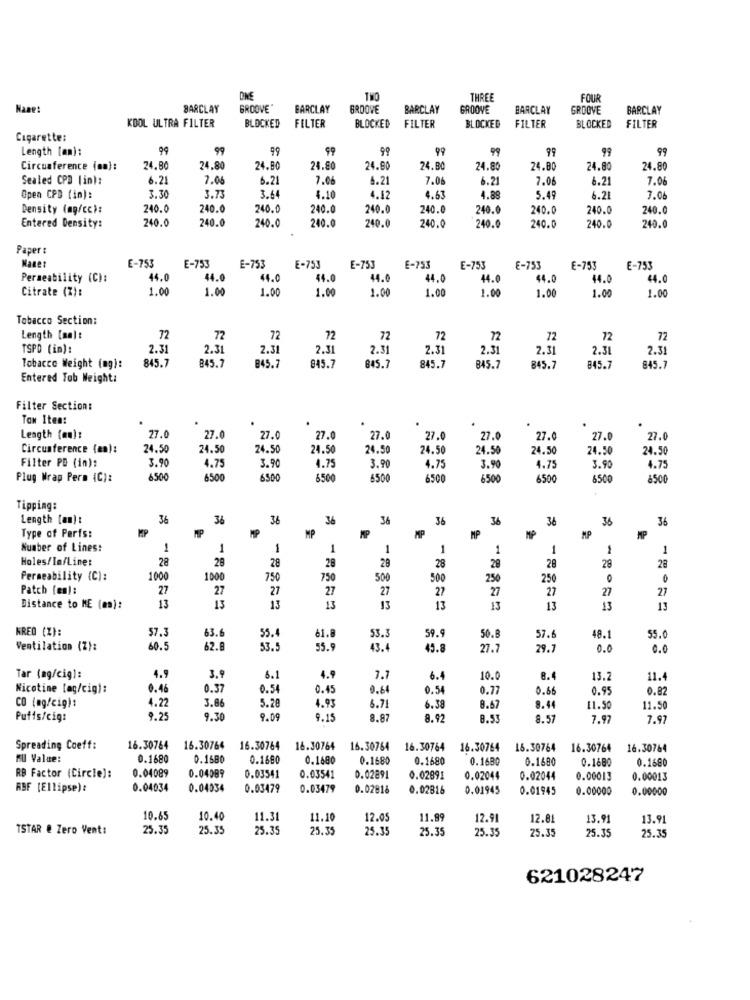
DNE
THREE
FOUR
Name:
BARCLAY
GROOVE
BARCLAY
BROOKE
BARCLAY
GROOVE
BARCLAY
GROOVE
BARCLAY
KOOL ULTRA FILTER
BLOCKED
FILTER
BLOCKED
FILTER
BLOCKED
FILTER
BLOCKED
FILTER
Cigarette:
Length [mm):
99
99
99
99
99
99
99
99
99
Circumference (on):
24.80
24.80
24.80
24.50
24.8
24.B
24.80
24.00
24.80
24.80
Sealed CPD (in):
6.2
7.00
6.21
7.0
6.21
7.06
6.21
7.06
6.21
7.06
Open CPD (in):
3.30
3.73
3.64
4.10
4.42
4.63
4.88
5.49
6.21
7.06
Density (mg/cc):
240.0
240.0
240.0
240.0
240.
240.0
240.0
240.0
240.0
240.0
240.0
240.0
240.0
240.0
240.0
240.0
Entered Density:
240.0
240.0
240.0
240.0
Paper:
E-751
Manet
E-753
E-753
E-753
E-753
E-753
E-753
€-753
E-753
E-753
Permeability (C):
44.0
44.0
44.0
44.0
44.0
44.0
44.0
44.0
44.0
44.0
Citrate (Z):
1.00
1.0
1.0
1.00
1.00
1.00
1.00
1.00
1.00
1.00
Tobacco Section:
Length [mm]:
72
72
72
72
72
72
72
72
72
72
TSPD (in):
2.31
2.31
2.31
2.31
2.31
2.3
2.31
2.31
2.3
2.31
845.7
Tobacco Weight (mg):
845.7
845.7
845.7
845.7
845.7
845.7
845.7
845.7
845.1
Entered Tab Weight:
Filter Section:
Tow Itea:
Length (mn) :
27.0
27.
27.0
27.
27.0
27.0
27.0
27.0
27.0
27.0
Circumference (en):
24.50
24.50
24.50
24.50
24.50
24.50
24.50
24.50
24.50
24.50
Filter PD (in):
3.90
4.75
3.90
4.75
3.90
4.75
3.9
4.75
3.90
4.75
Plug Wrap Perm (C):
6.500
6500
6500
5500
6500
6500
6500
6500
6500
8500
Tipping:
Length (an) :
36
36
36
36
36
36
36
36
36
36
MP
MP
Type of Perfs:
MP
MP
MP
MP
MP
MP
MP
Number of Lines:
1
1
1
1
1
1
1
1
1
1
Holes/In/Line:
28
28
28
28
29
28
28
28
28
28
Permeability (C):
1000
100
750
750
500
500
250
250
0
Patch (en):
27
27
27
27
27
27
27
27
27
27
Distance to ME (mm):
13
13
13
13
13
13
13
13
13
13
KREO (%):
57.3
63.
53.
55.4
61.8
59.9
50.8
57.6
48.1
55.0
Ventilation (Z):
60.5
62.
53 .!
55.9
43.4
45.8
27.7
29.7
0.0
0.0
Tar (mg/cig):
4.9
3.9
6.1
4.9
7.7
6.4
10.0
8.4
13.2
11.4
Nicotine [ag/cig):
0.46
0.37
0.54
0.45
0.64
0.54
0.77
0.66
0.95
0.82
CO (mg/cig):
3.8
5.20
4.22
4.93
6.71
6.38
8.67
8.44
11.50
11.50
Puffs/cig:
9.25
9.30
9.09
9.15
8.87
8.92
8.53
8.57
7.9
7.97
Spreading Coeff:
16.30764
16.30764
16.30764
16.30764
16.30764
16.30764
16.30764
16.30764
16.30764
16.30764
MU Value:
0.168
0.1680
0.1680
0.1680
0.1680
0.1680
0.1680
0.1680
0.1680
0.1680
RB Factor (Circle]:
0.04089
0.04089
0.03541
0.03541
0.02891
0.02891
0.02044
0.02044
0.00013
0.00013
ABF [Ellipse):
0.04034
0.04034
0.03479
0.03479
0.02816
0.02816
0.01945
0.01945
0.00000
0.00000
10.65
10.40
11.31
11.10
12.05
11.89
12.91
12.8
13.91
13.91
TSTAR & Zero Vent:
25.35
25.35
25.35
25.35
25.35
25.35
25.35
25.35
25.35
25.35
621028247